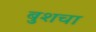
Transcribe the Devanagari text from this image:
बुशचा